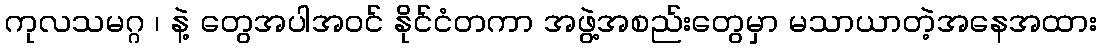
ကုလသမဂ္ဂ ၊ နဲ့ တွေအပါအဝင် နိုင်ငံတကာ အဖွဲ့အစည်းတွေမှာ မသာယာတဲ့အနေအထား